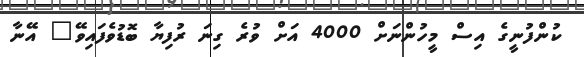
ކުންފުނީގެ އިސް މީހުންނަށް 4000 އަށް ވުރެ ގިނަ ރުފިޔާ ބޮޑުވެފައިވޭ" އޭނާ